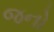
જનો